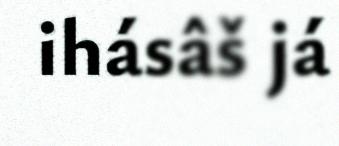
ihásâš já